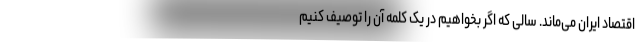
اقتصاد ایران می‌ماند. سالی که اگر بخواهیم در یک کلمه آن را توصیف کنیم